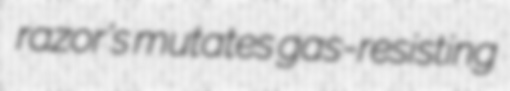
razor's mutates gas-resisting